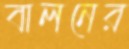
বালনের